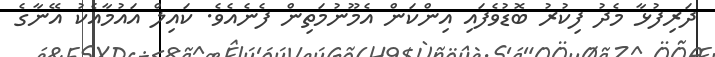
ދަރިފުޅާ މެދު ފިކުރު ބޮޑުވެފައި އިންކަން އެމޫނުމަތިން ފެނެއެވެ. ކައިލް އައުމާއެކު އޭނާގެ